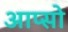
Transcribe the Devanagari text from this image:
आप्सो